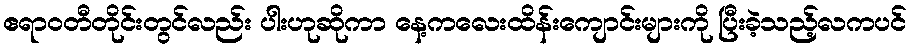
ဧရာဝတီတိုင်းတွင်လည်း ပါးဟုဆိုကာ နေ့ကလေးထိန်းကျောင်းများကို ပြီးခဲ့သည့်လကပင်